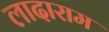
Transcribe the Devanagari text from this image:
लादाराम